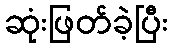
ဆုံးဖြတ်ခဲ့ပြီး